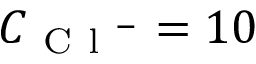
C _ { \mathrm { ~ C ~ l ~ } ^ { - } } = 1 0